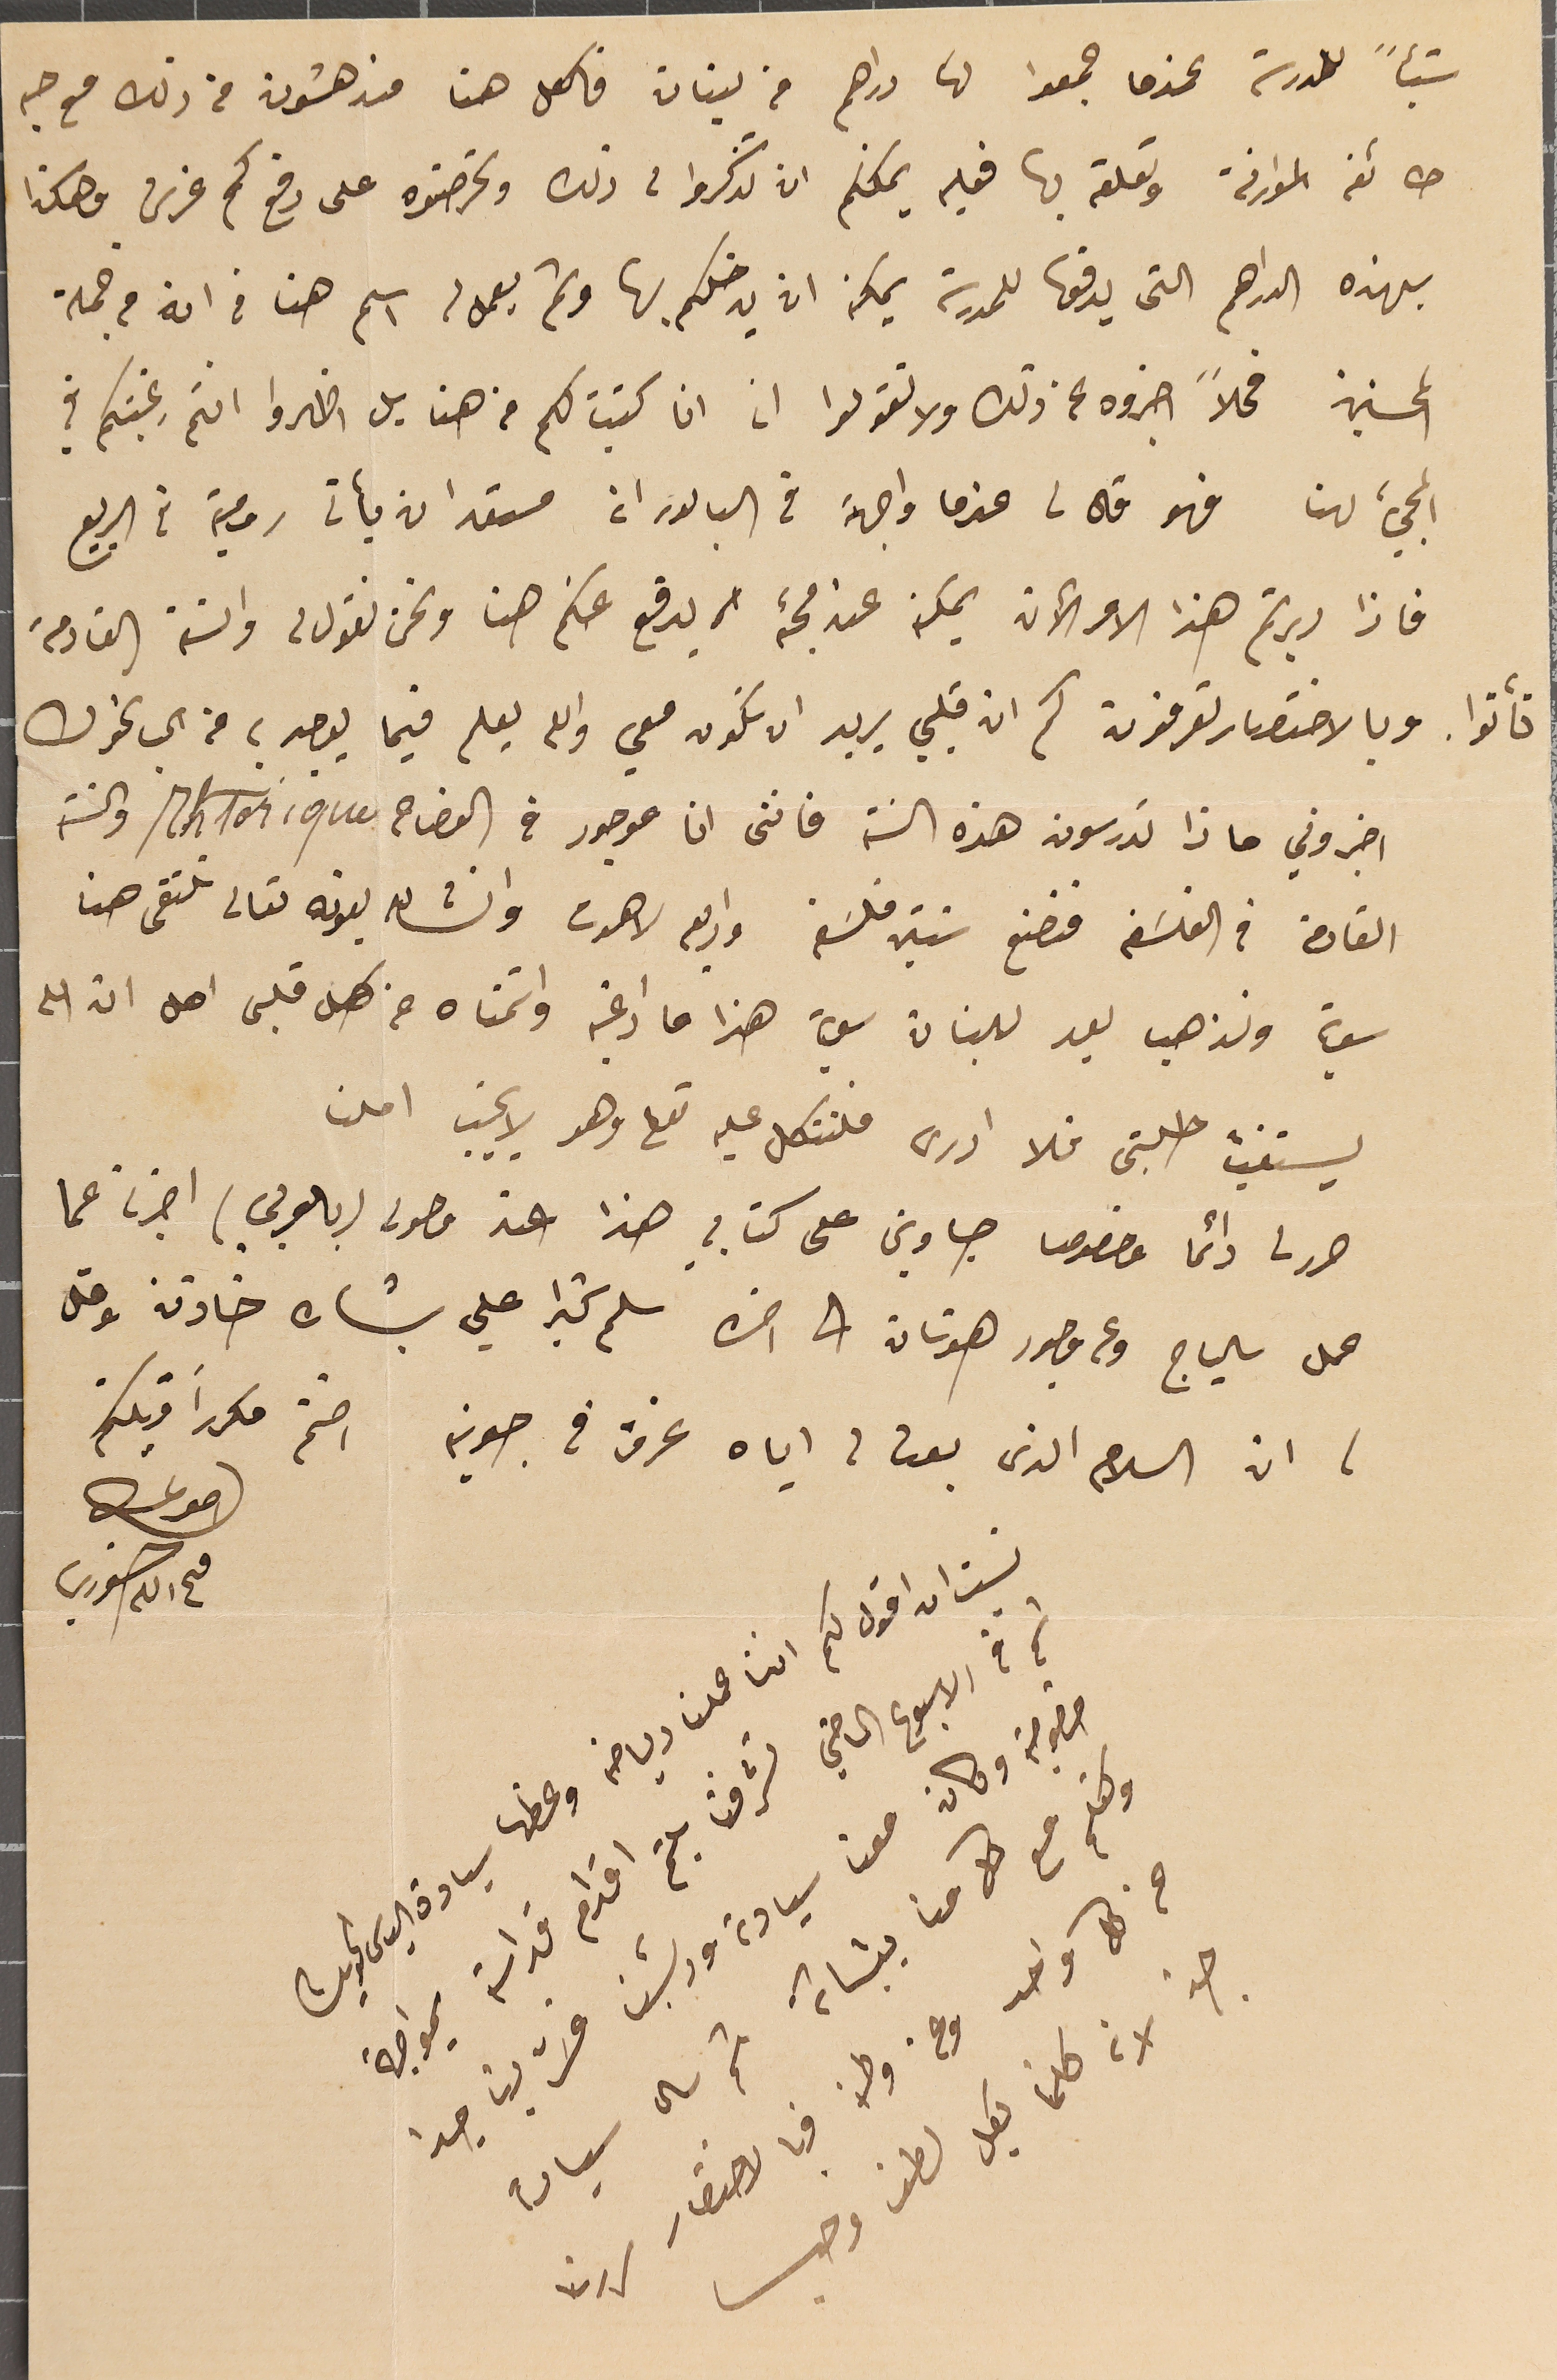
شيئاً للمدرسة عندما جمعوا لها دراهم من لبنان فالكل هنا مندهشون من ذلك مع حبه
 طائفة الموارنة وتعلقه بها فعليه يمكنكم ان تذكروا لى ذلك وتحرضوه على دفع كم غرش وهكذا
بهذه الدراهم التى يدفعها للمدرسة يمكن ان يدخلكم بها وثم يعمل له اسم هنا فى انه من جملة
المحسنين فحالاً اخبروه عن ذلك ولا تقولوا ان انا كتبت لكم من هنا بل اظهروا انتم رغبتكم في
المجيء لهنا فهو قال لى عندما واجهته فى البابور انه مستعد ان يأتى رومية فى الربيع
فاذا دبرتم هذا الامر الآن يمكن عند مجئه ان يدفع عنكم هنا ونحن نقول له والسنة القادمة
تأتوا. وبالاختصار تعرفون كم ان قلبي يريد ان تكون معي والله يعلم فيما يوجد به من الحب نحوك
اخبروني ماذا تدرسون هذه السنة فاننى انا موجود في الفصاح Rhtorique والسنة
القادمة في الفلسَفة فنصنع سنتي فلسَفة واربعه لاهوت وانشالله بعونه تعالى نلتقى هنا
سوية ونذهب بعد للبنان سوية هذا ما ادعيته واتمناه من كل قلبى اهل ان الله
 يستغيث طلبتى فلا ادرى فلنتكل عليه تعالى وهو لا يخيب املنا
حرر لى دائما وخصوصا جاوبني على كتابي هذا عند وصولى (بالعربي) اخبرنا عما
عمل سالياج وعن وجود هوتان الى اخره سلم كثيرا علي بشاره خازن وقل
له ان السلام الذى بعت لى اياه غرق فى جونية اختم مكرراً قبلتكم
احوكم
فىح الله خوري
نسيت ان اقول لكم اننا عملنا رياضة وعظها سيادة الياس الحويك
ثم في الاسبوع الماضي تشرفنا بلثم اقدام قداسته بمواجهة
خصوصية وكان معنا سيادته وريسنا فسَرّ بنا جدا
وتكلم مع كل منا ببشاشة ثم سال سيادته
عن كل واحد وعن وطنه فبالاختصار سررنا
جدً لانه كلمنا بكل لطف وحب